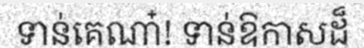
ទាន់គេណា៎! ទាន់ឱកាសដ៏